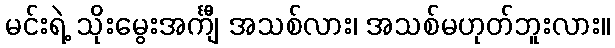
မင်းရဲ့ သိုးမွေးအင်္ကျီ အသစ်လား၊ အသစ်မဟုတ်ဘူးလား။